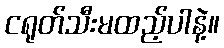
ငရုတ်သီးမထည့်ပါနဲ့။